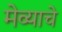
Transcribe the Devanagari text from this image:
मेव्याचे